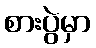
စားပွဲမှာ